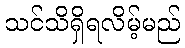
သင်သိရှိရလိမ့်မည်